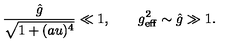
\frac { \hat { g } } { \sqrt { 1 + ( a u ) ^ { 4 } } } \ll 1 , \qquad g _ { \mathrm { e f f } } ^ { 2 } \sim \hat { g } \gg 1 .